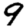
Digit: 9